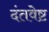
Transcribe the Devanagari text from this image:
दंतवेष्ट